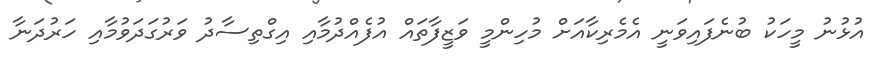
އުޅުނު މީހަކު ބުނެފައިވަނީ އެމެރިކާއަށް މުހިންމީ ވަޒީފާތައް އުފެއްދުމާއި އިގްތިސާދު ވަރުގަދަވުމާއި ހަރުދަނާ